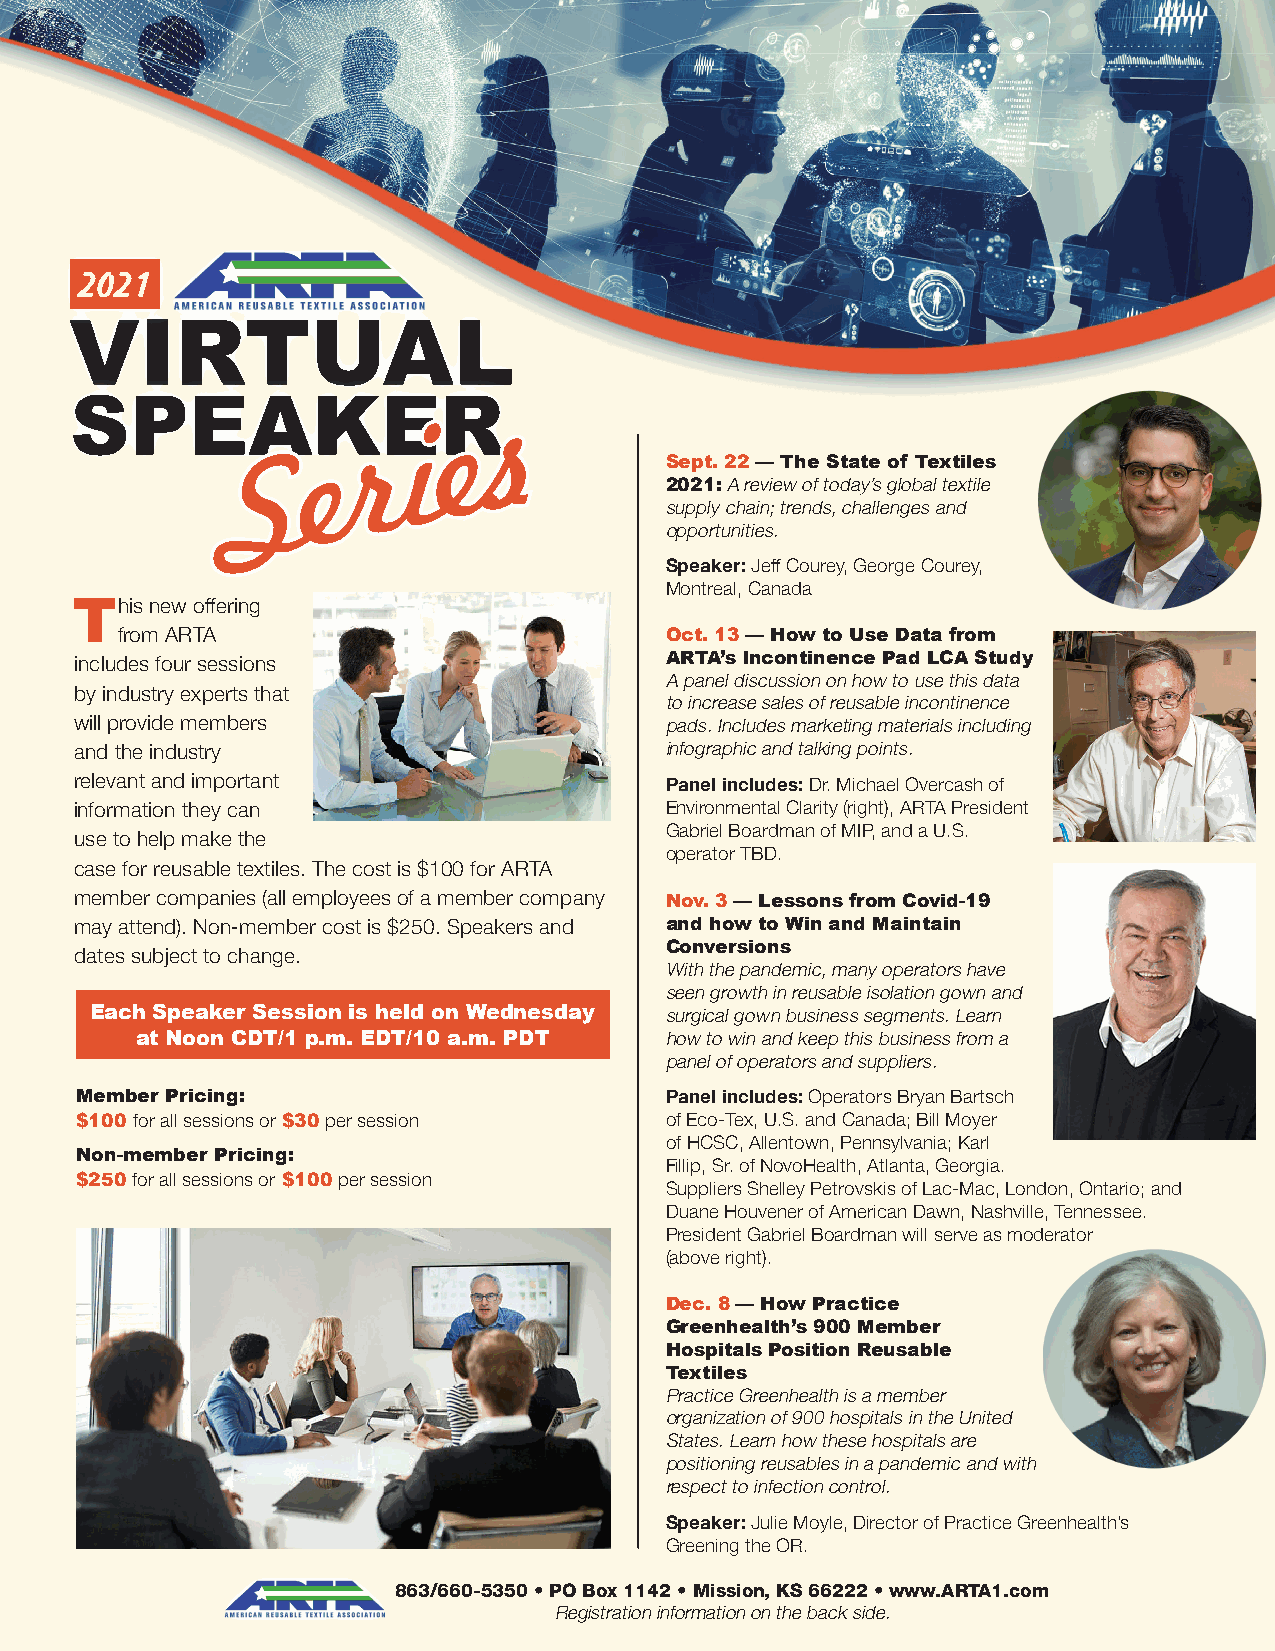
2021
 VIRTUAL
 SPEAKER
 ss
 ee
 ii
 rr
 SS   ee                      Sept. 22 — The State of Textiles
 2021: A review of today’s global textile
 supply chain; trends, challenges and
 opportunities.
 Speaker: Jeff Courey, George Courey,
 Montreal, Canada
 This new offering
 from ARTA                           Oct. 13 — How to Use Data from
 ARTA’s Incontinence Pad LCA Study
 includes four sessions
 A panel discussion on how to use this data
 by industry experts that
 to increase sales of reusable incontinence
 will provide members                   pads. Includes marketing materials including
 and the industry                       infographic and talking points.
 relevant and important                 Panel includes: Dr. Michael Overcash of
 information they can                   Environmental Clarity (right), ARTA President
 Gabriel Boardman of MIP, and a U.S.
 use to help make the
 operator TBD.
 case for reusable textiles. The cost is $100 for ARTA
 member companies (all employees of a member company Nov. 3 — Lessons from Covid-19
 may attend). Non-member cost is $250. Speakers and and how to Win and Maintain
 Conversions
 dates subject to change.
 With the pandemic, many operators have
 seen growth in reusable isolation gown and
 Each Speaker Session is held on Wednesday surgical gown business segments. Learn
 at Noon CDT/1 p.m. EDT/10 a.m. PDT how to win and keep this business from a
 panel of operators and suppliers.
 Member Pricing:                        Panel includes: Operators Bryan Bartsch
 $100 for all sessions or $30 per session of Eco-Tex, U.S. and Canada; Bill Moyer
 of HCSC, Allentown, Pennsylvania; Karl
 Non-member Pricing:
 Fillip, Sr. of NovoHealth, Atlanta, Georgia.
 $250 for all sessions or $100 per session
 Suppliers Shelley Petrovskis of Lac-Mac, London, Ontario; and
 Duane Houvener of American Dawn, Nashville, Tennessee.
 President Gabriel Boardman will serve as moderator
 (above right).
 Dec. 8 — How Practice
 Greenhealth’s 900 Member
 Hospitals Position Reusable
 Textiles
 Practice Greenhealth is a member
 organization of 900 hospitals in the United
 States. Learn how these hospitals are
 positioning reusables in a pandemic and with
 respect to infection control.
 Speaker: Julie Moyle, Director of Practice Greenhealth’s
 Greening the OR.
 863/660-5350 • PO Box 1142 • Mission, KS 66222 • www.ARTA1.com
 Registration information on the back side.